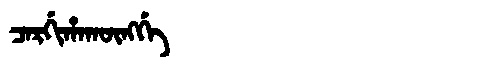
Manchu: ᠴᠠᡵᡤᡳᡥᠠᡴᡡᠩᡤᡝ
Romanization: CARGIHAKŪNGGE